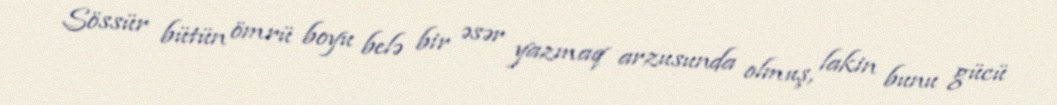
Sössür bütün ömrü boyu belə bir əsər yazmaq arzusunda olmuş, lakin bunu gücü